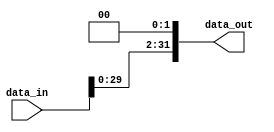
`timescale 1ns / 1ps
//////////////////////////////////////////////////////////////////////////////////
// Company: 
// Engineer: 
// 
// Design Name: 
// Module Name: sl2
// Project Name: 
// Target Devices: 
// Tool Versions: 
// Description: 
// 
// Dependencies: 
// 
// Revision:
// Revision 0.01 - File Created
// Additional Comments:
// 
//////////////////////////////////////////////////////////////////////////////////


module sl2(data_in,data_out);
	input  [31:0] data_in;
	output [31:0] data_out;

	assign data_out = {data_in[29:0],2'b00};

endmodule